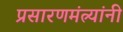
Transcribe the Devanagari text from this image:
प्रसारणमंत्र्यांनी